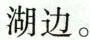
湖边。